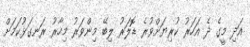
އަދި މީގެ ދެ އަހަރު ކުރިޔަށްވުރެ ޑޮލަރު ލިބޭ މިންވަރު މިހާރު ރަނގަޅުކަމަށް